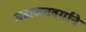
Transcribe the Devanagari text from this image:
महाजनवर्गाने